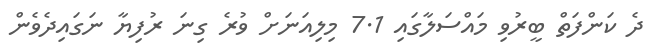
ދެ ކަންފަތް ބީރުވި މައްސަލާގައި 7.1 މިލިއަނަށް ވުރެ ގިނަ ރުފިޔާ ނަގައިދެވެން